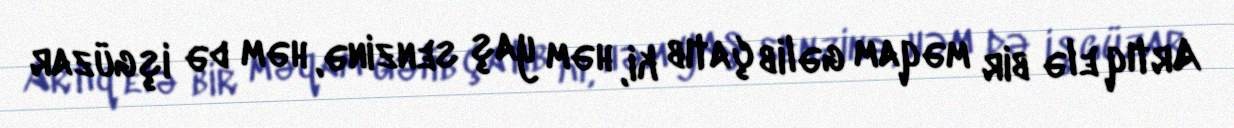
Artıq elə bir məqam gəlib çatıb ki, həm yaş senzinə, həm də işgüzar